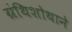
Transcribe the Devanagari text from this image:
ग्रंथिशोथाने